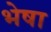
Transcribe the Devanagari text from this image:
भेषा